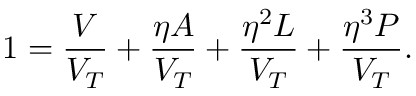
1 = \frac { V } { V _ { T } } + \frac { \eta A } { V _ { T } } + \frac { \eta ^ { 2 } L } { V _ { T } } + \frac { \eta ^ { 3 } P } { V _ { T } } .